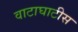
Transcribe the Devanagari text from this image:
वाटाघाटीस